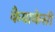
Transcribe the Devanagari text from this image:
कैयाकेसी